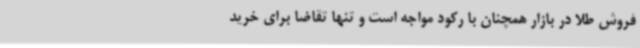
فروش طلا در بازار همچنان با رکود مواجه است و تنها تقاضا برای خرید